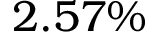
2 . 5 7 \%